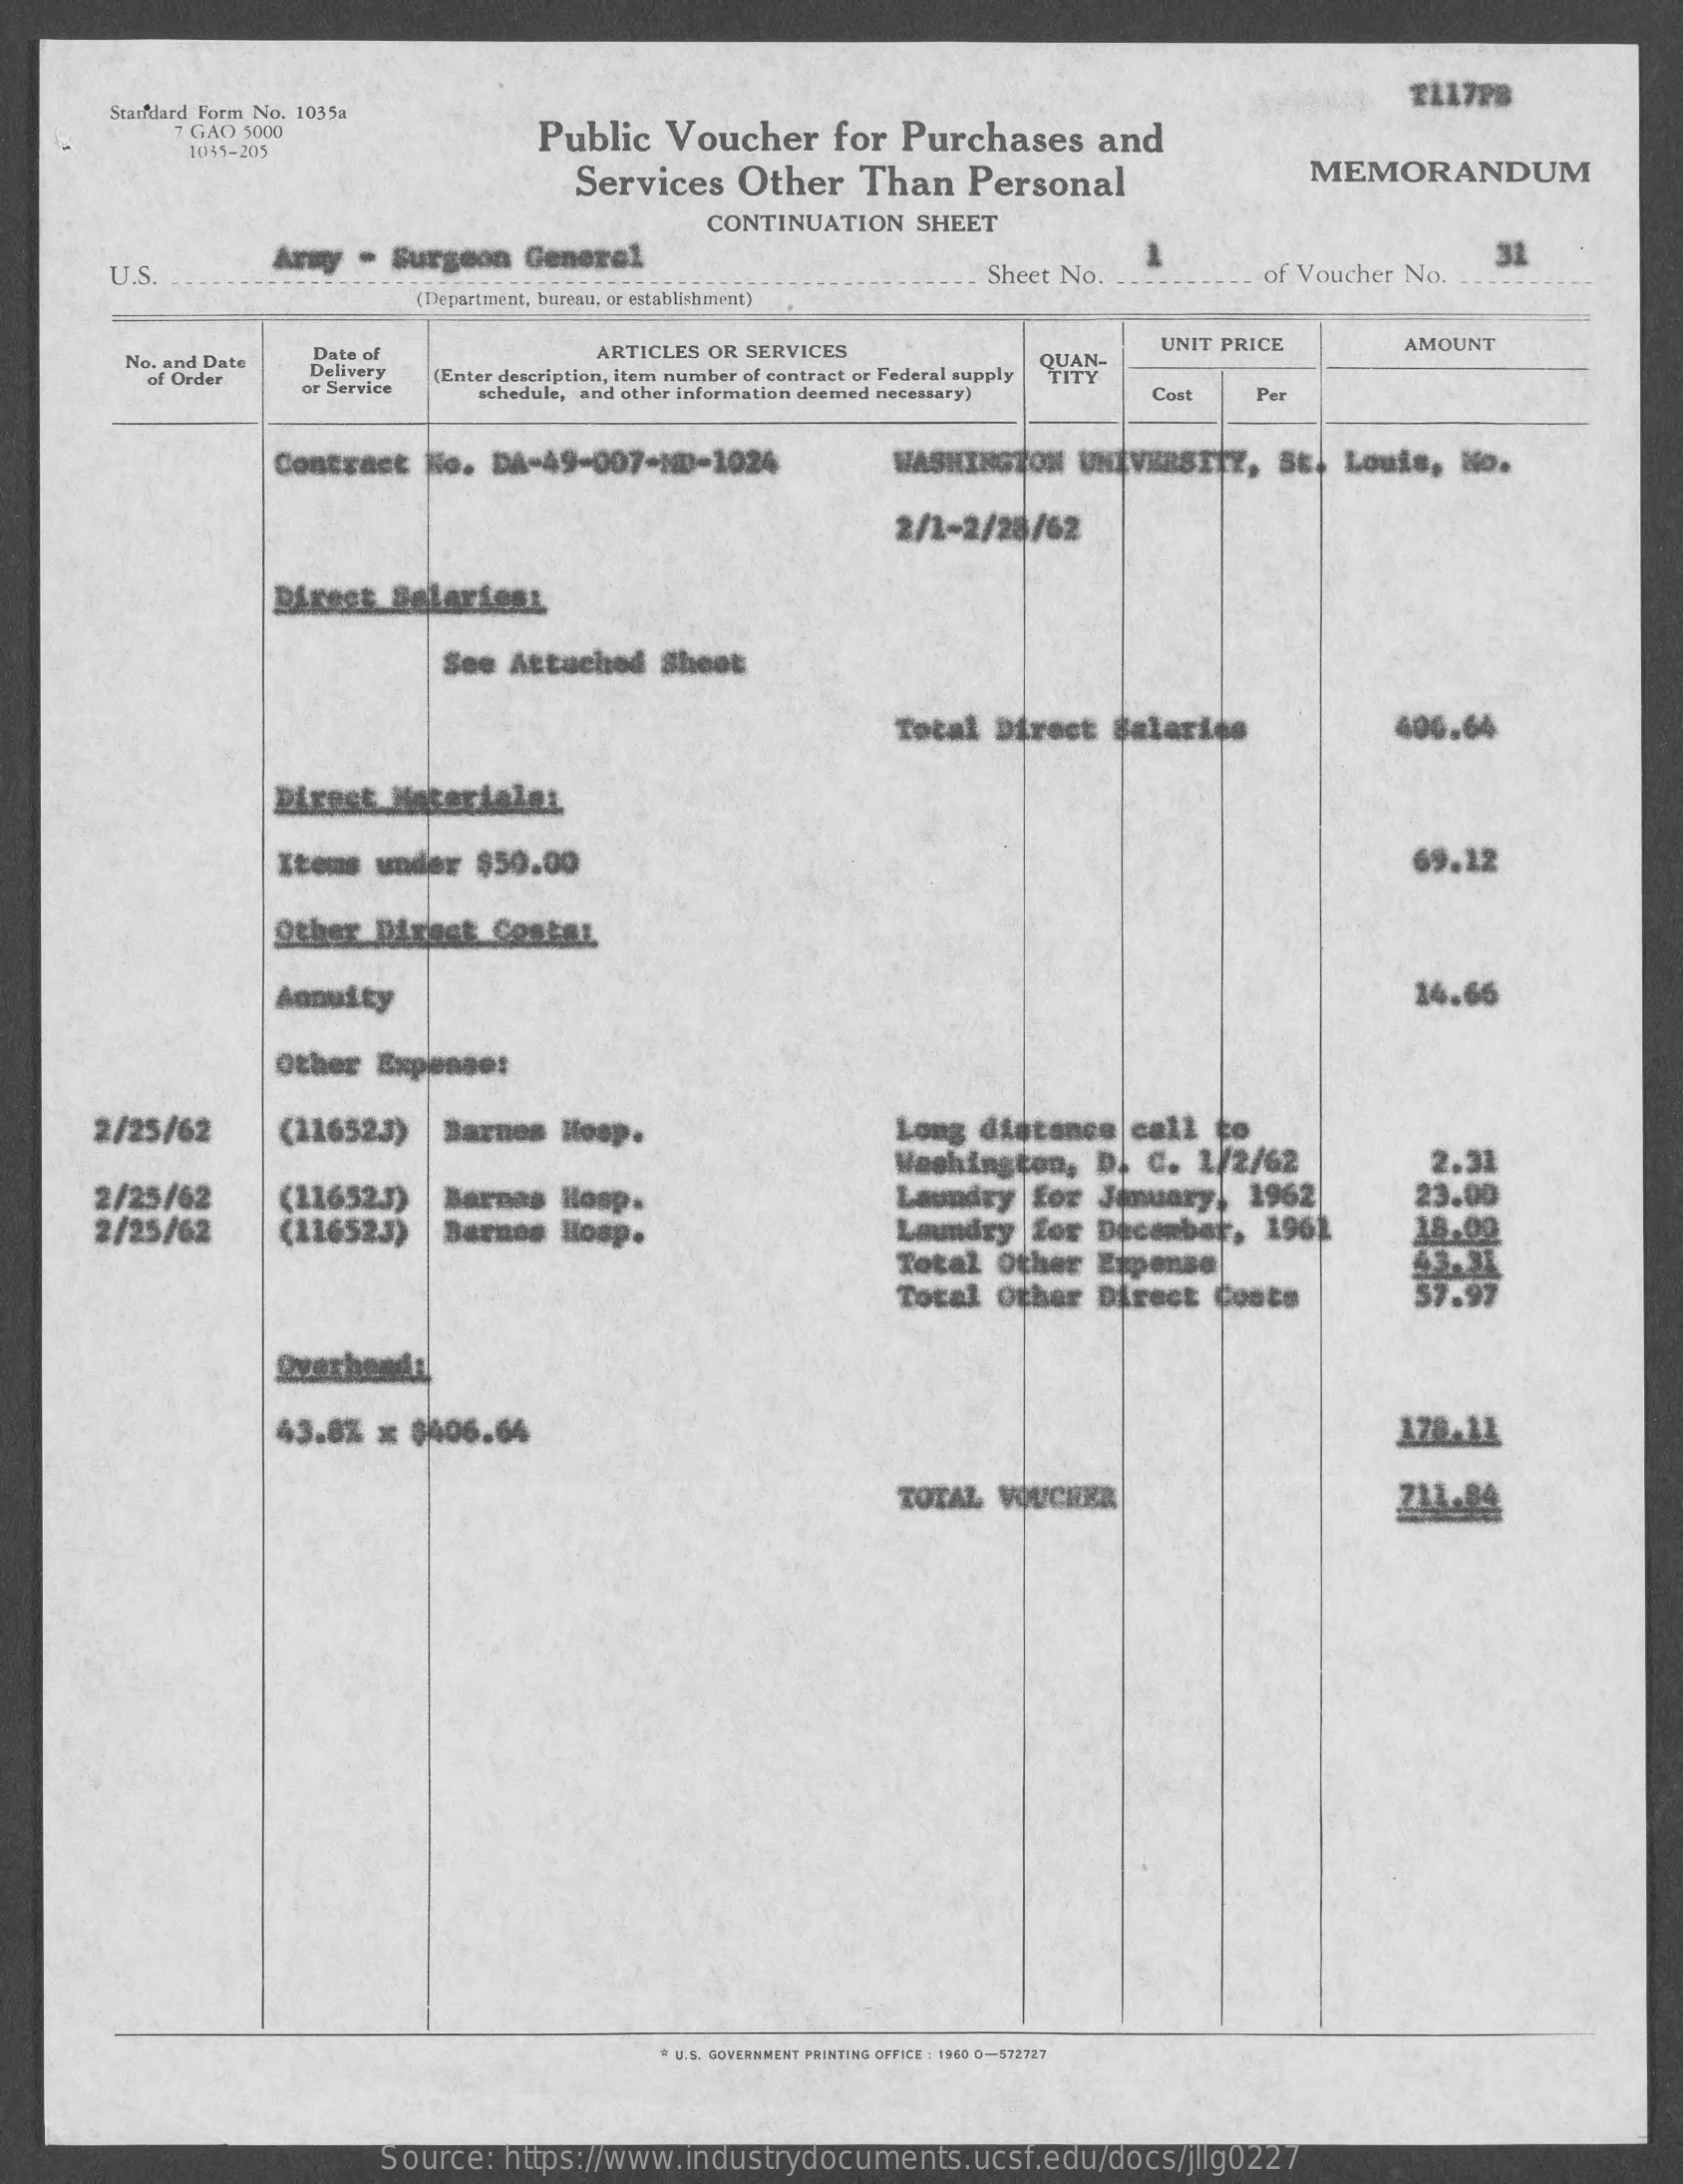
Standard Form No. 1035a
     7 GAD 5000    Public Voucher for Purchases and
     1035-205
     Services Other Than Personal    MEMORANDUM
     CONTINUATION SHEET
     U.S
     Army · Surgeon General
     Sheet No.   ._ of Voucher No.
     31
     (Department, bureau, or establishment)
     No. and Date
     Date of    ARTICLES OR SERVICES    UNIT PRICE  AMOUNT
     of Order
     Delivery
     or Service
     (Enter description, item number of contract or Federal supply
     schedule, and other information deemed necessary) Cost Per
     Contract No. DA-49-007-ND-1024 WASHINGTON UNIVERSITY, St. Louis, No.
     2/1-2/28/62
     Direct Selariess
     See Attached Shoot
     Total Direct Salaries    400.64
     Direct. Materiala:
     Items under $50.00    69.12
     Other Dirget Contar
     Annuity    24.66
     Other Expense:
     2/25/62  (116523) Barnes Hosp.    Long distance call to
     Washington, D. C. 1/2/62  2.31
     2/25/62
     2/25/62
     (116523)
     (116523)
     Barnas Hosp.    Laundry for January, 1962 23.00
     Barnes Hosp.    Laundry for December, 1961
     Total Other Expense
     18.00
     Total other Direct Costs  57.97
     Overhead
     43.8% x $406.64
     TOTAL WUCHER
     * U.S. GOVERNMENT PRINTING OFFICE : 1960 0-572727
     Source: https://www.industrydocuments.ucsf.edu/docs/jllg0227